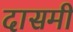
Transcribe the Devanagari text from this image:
दासमी